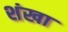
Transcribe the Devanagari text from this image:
शंखा